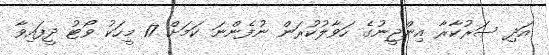
އަދި ސަރުކާރާ އިންޖީނުގެ ހަވާލުކުރަން ނުފެންނަ ކަމަށް 17 މީހަކު ވޯޓު ދީފައިވާ